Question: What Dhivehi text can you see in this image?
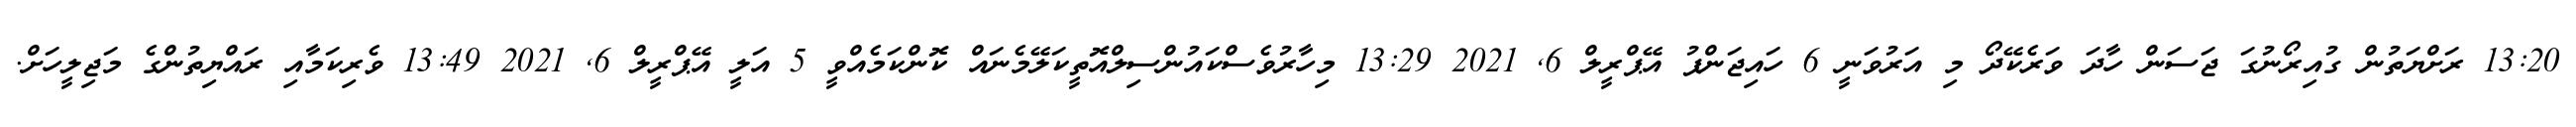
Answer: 13:20 ރަށްޔަތުން ގުއިރޯނުގަ ޖަސަން ހާދަ ވަރެކޭދޯ މި އަރުވަނީ 6 ހައިޖަންޕު އޭޕްރީލް 6, 2021 13:29 މިހާރުވެސްކައުންސިލްއޮތީކަލޭމެނައް ކޮންކަމެއްވީ 5 އަލީ އޭޕްރީލް 6, 2021 13:49 ވެރިކަމާއި ރައްޔިތުންގެ މަޖިލީހަށް.